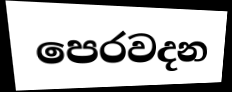
පෙරවදන